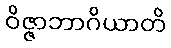
ဝိဇ္ဇာဘာဂိယာတိ